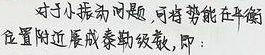
对于小振动问题，可将势能在平衡位置附近展成泰勒级数，即：